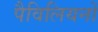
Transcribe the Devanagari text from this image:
पैविलियनों